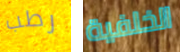
رطب الخلفية